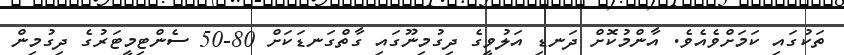
ތަކުގައި ކަމަށްވެއެވެ. އާންމުކޮށް ދަނޑި އަލުވީގެ ދިގުމިނޫގައި ގާތްގަނޑަކަށް 80-50 ސެންޓިމީޓަރުގެ ދިގުމިން